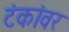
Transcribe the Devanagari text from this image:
टंकांवर